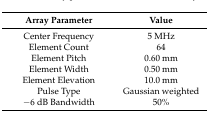
<table><thead><tr><td><b>Array Parameter</b></td><td><b>Value</b></td></tr></thead><tbody><tr><td>Center Frequency</td><td>5 MHz</td></tr><tr><td>Element Count</td><td>64</td></tr><tr><td>Element Pitch</td><td>0.60 mm</td></tr><tr><td>Element Width</td><td>0.50 mm</td></tr><tr><td>Element Elevation</td><td>10.0 mm</td></tr><tr><td>Pulse Type</td><td>Gaussian weighted</td></tr><tr><td>−6 dB Bandwidth</td><td>50%</td></tr></tbody></table>